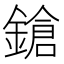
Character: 鎗